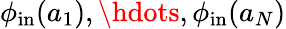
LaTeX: \phi_{\mathrm{in}}(a_{1}),\hdots,\phi_{\mathrm{in}}(a_{N})